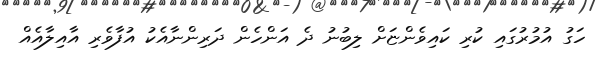
ހަގު އުމުރުގައި ކުރި ކައިވެންޏަށް ލިބުނު ދެ އަންހެން ދަރިންނާއެކު އުފާވެރި އާއިލާއެއް